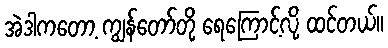
အဲဒါကတော့ ကျွန်တော်တို့ ရေကြောင့်လို့ ထင်တယ်။